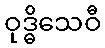
ဝုဒ္ဓိသေဝီ